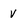
Character: V